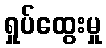
ရှုပ်ထွေးမှု